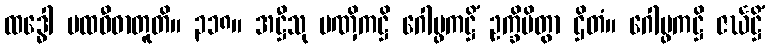
ထဒ္ဓေါ ပထဝီဓာတူတိ။ ၃၁၈။ အဋ္ဌီသု ပဏှိကဋ္ဌိ ဂေါပ္ဖကဋ္ဌိံ ဥက္ခိပိတွာ ဌိတံ။ ဂေါပ္ဖကဋ္ဌိ ဇင်္ဃဋ္ဌိံ